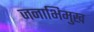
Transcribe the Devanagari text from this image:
जनाभिमुख